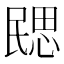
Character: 㥸